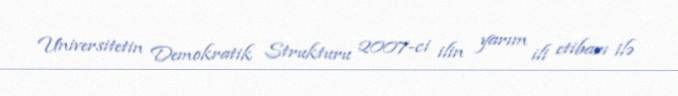
Universitetin Demokratik Strukturu 2007-ci ilin yarım ili etibarı ilə